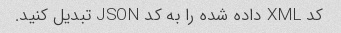
کد XML داده شده را به کد JSON تبدیل کنید.